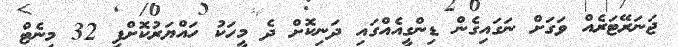
ޖަނަރޭޓަރެއް ވަގަށް ނަގައިގެން ޑިންގީއެއްގައި ދަނިކޮށް ދެ މީހަކު ހައްޔަރުކޮށްފި 32 މިނެޓް